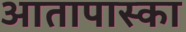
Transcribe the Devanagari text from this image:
आतापास्का